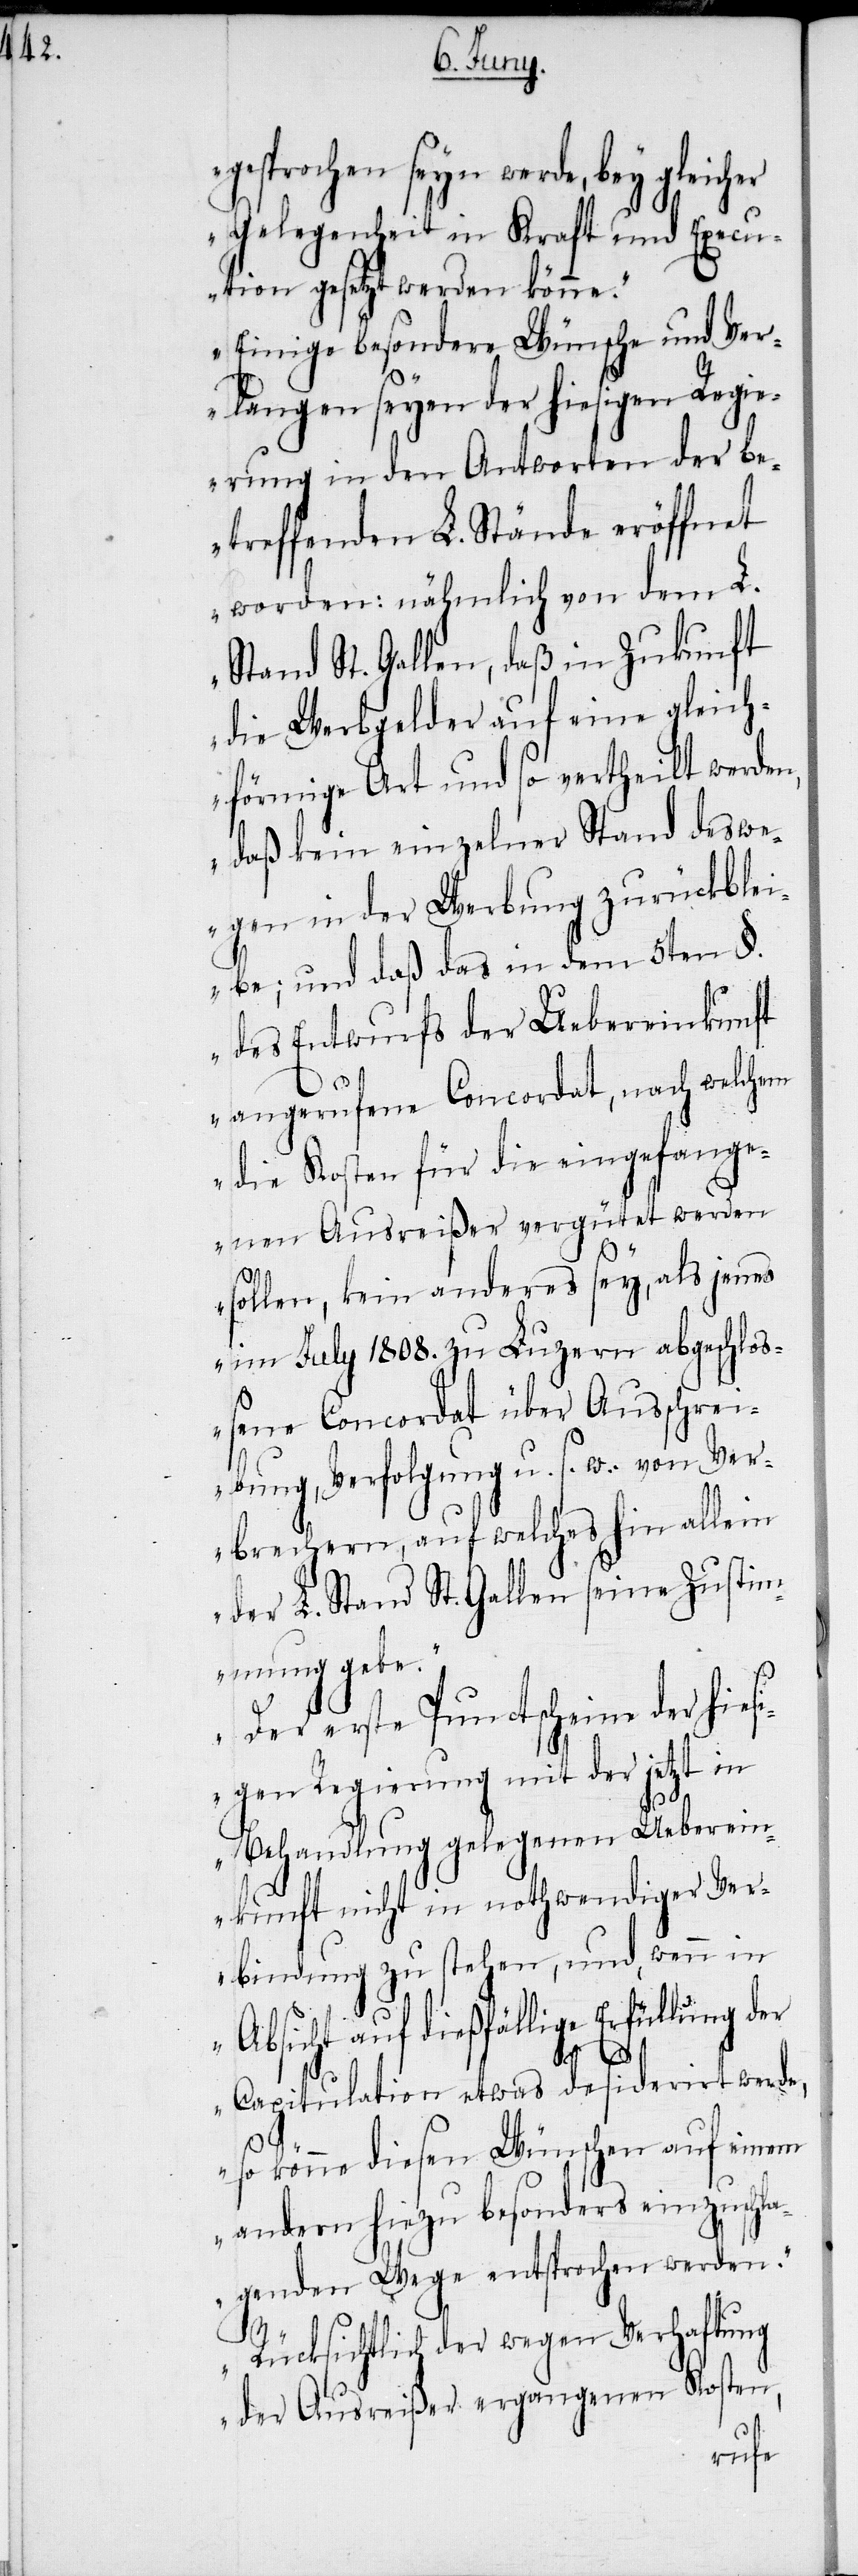
gesprochen seyn werde, bey gleicher
Gelegenheit in Kraft und Execu¬
tion gesetzt werden könne.“
„Einige besondere Wünsche und Ver¬
langen seyen der hiesigen Regi¬
erung in den Antworten der be¬
treffenden L. Stände eröffnet
worden: nähmlich von dem L.
Stand St. Gallen, daß in Zukunft
die Werbgelder auf eine gleich¬
förmige Art und so vertheilt werden,
daß kein einzelner Stand deswe¬
gen in der Werbung zurückblei¬
be; und daß das in dem 5ten §.
des Entwurfs der Uebereinkunft
angerufene Concordat, nach welchem
die Kosten für die eingefang¬
enen Ausreißer vergütet werden
sollen, kein anderes sey, als jenes
im July 1808. zu Luzern abgeschloß¬
ene Concordat über Ausschrei¬
bung, Verfolgung u. s. w. von Ver¬
brechern, auf welches hin allein
der L. Stand St. Gallen seine Zustim¬
mung gebe.“
„Der erste Punct scheine der hies¬
igen Regierung mit der jetzt in
Behandlung gelegenen Ueberein¬
kunft nicht in nothwendiger Ver¬
bindung zu stehen, und, wenn in
Absicht auf dießfällige Erfüllung der
Capitulation etwas desiderirt werde,
so könne diesen Wünschen auf einem
andern hiezu besonders einzuschla¬
genden Wege entsprochen werden.“
„Rücksichtlich der wegen Verhaftung
der Ausreißer ergangenen Kosten,